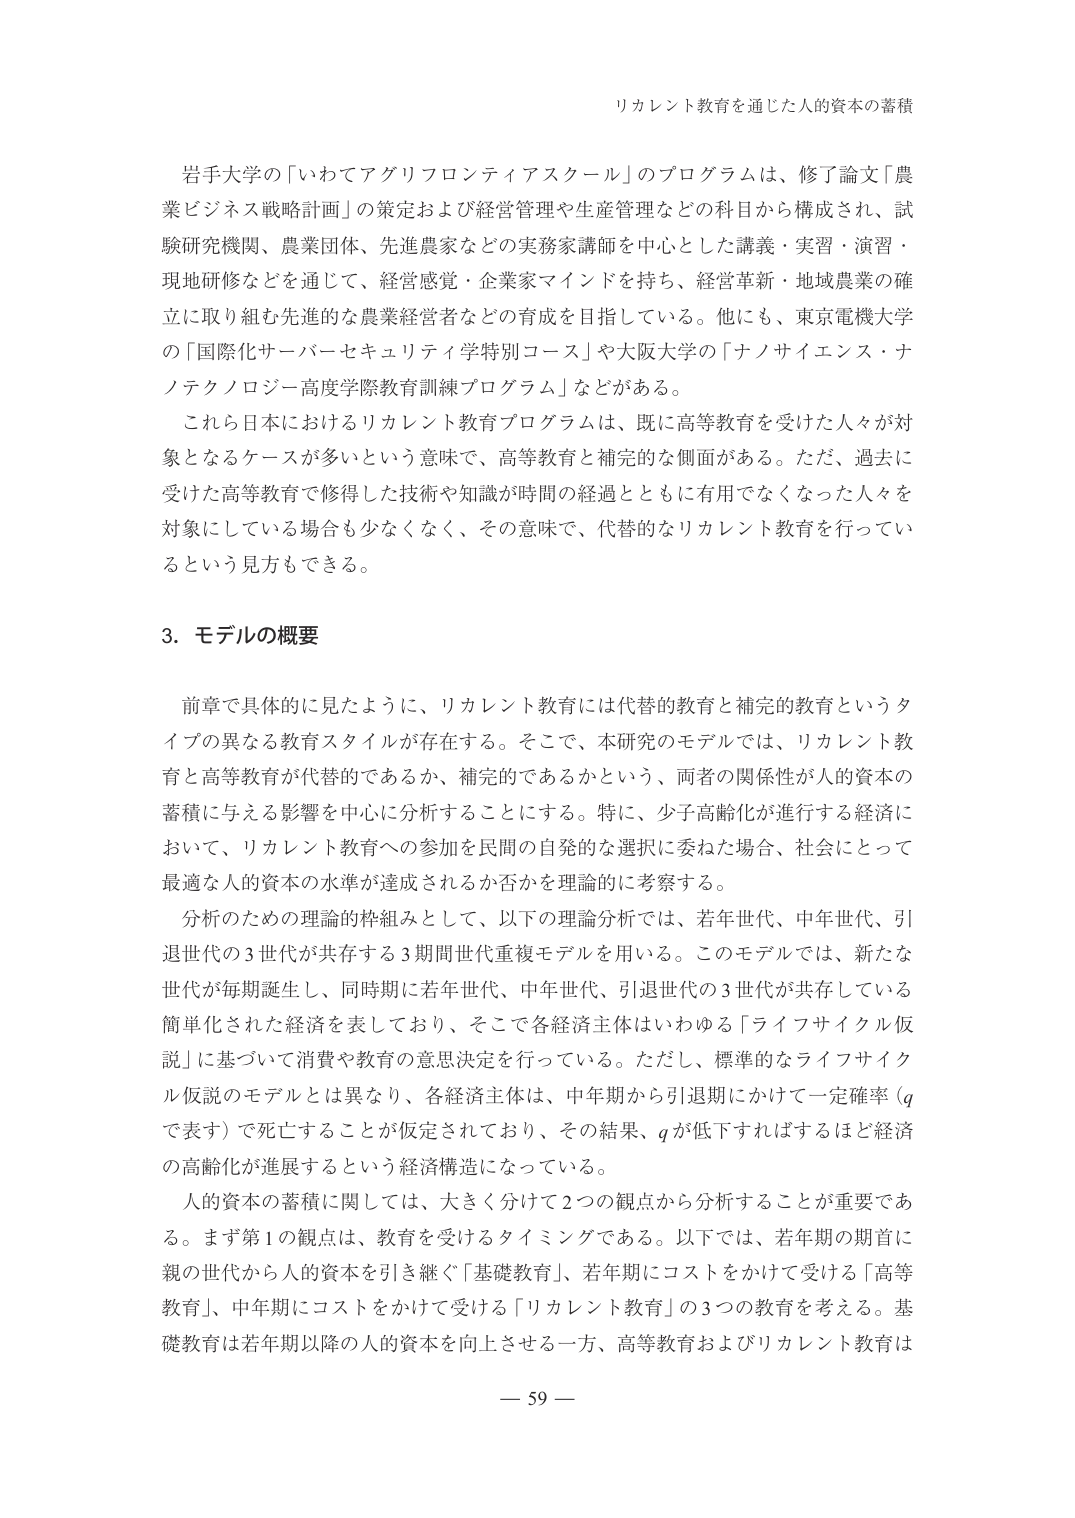
リカレント教育を通じた人的資本の蓄積

岩手大学の「いわてアグリフロンティアスクール」のプログラムは、修了論文「農業ビジネス戦略計画」の策定および経営管理や生産管理などの科目から構成され、試験研究機関、農業団体、先進農家などの実務家講師を中心とした講義・実習・演習・現地研修などを通じて、経営感覚・企業家マインドを持ち、経営革新・地域農業の確立に取り組む先進的な農業経営者などの育成を目指している。他にも、東京電機大学の「国際化サーバーセキュリティ学特別コース」や大阪大学の「ナノサイエンス・ナノテクノロジー高度学際教育訓練プログラム」などがある。

これら日本におけるリカレント教育プログラムは、既に高等教育を受けた人々が対象となるケースが多いという意味で、高等教育と補完的な側面がある。ただ、過去に受けた高等教育で修得した技術や知識が時間の経過とともに有用でなくなった人々を対象にしている場合も少なくなく、その意味で、代替的なリカレント教育を行っているという見方もできる。

3．モデルの概要

前章で具体的に見たように、リカレント教育には代替的教育と補完的教育というタイプの異なる教育スタイルが存在する。そこで、本研究のモデルでは、リカレント教育と高等教育が代替的であるか、補完的であるかという、両者の関係性が人的資本の蓄積に与える影響を中心に分析することにする。特に、少子高齢化が進行する経済において、リカレント教育への参加を民間の自発的な選択に委ねた場合、社会にとって最適な人的資本の水準が達成されるか否かを理論的に考察する。

分析のための理論的枠組みとして、以下の理論分析では、若年世代、中年世代、引退世代の3世代が共存する3期間世代重複モデルを用いる。このモデルでは、新たな世代が毎期誕生し、同時期に若年世代、中年世代、引退世代の3世代が共存している簡単化された経済を表しており、そこで各経済主体はいわゆる「ライフサイクル仮説」に基づいて消費や教育の意思決定を行っている。ただし、標準的なライフサイクル仮説のモデルとは異なり、各経済主体は、中年期から引退期にかけて一定確率（qで表す）で死亡することが仮定されており、その結果、qが低下すればするほど経済の高齢化が進展するという経済構造になっている。

人的資本の蓄積に関しては、大きく分けて2つの観点から分析することが重要である。まず第1の観点は、教育を受けるタイミングである。以下では、若年期の期首に親の世代から人的資本を引き継ぐ「基礎教育」、若年期にコストをかけて受ける「高等教育」、中年期にコストをかけて受ける「リカレント教育」の3つの教育を考える。基礎教育は若年期以降の人的資本を向上させる一方、高等教育およびリカレント教育は

— 59 —